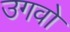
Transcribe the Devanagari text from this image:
उगवो